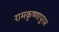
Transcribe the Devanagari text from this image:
रामकृष्णापुरम